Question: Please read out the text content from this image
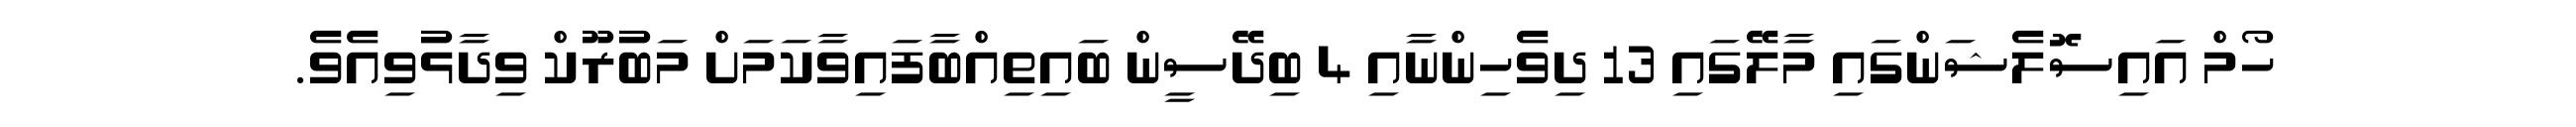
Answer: ހޯމް އައިސޮލެޝަންގައި މާލޭގައި 13 ދިވެހިންނާއި 4 ބިދޭސީން ބައިތިއްބާފައިވާކަމަށް މަބުރޫކް ވިދާޅުވިއެވެ.